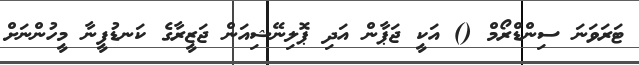
ޓަރަވަނަ ސިންޑްރޯމް () އަކީ ޖަޕާން އަދި ޕޮލިނޭޝިއަން ޖަޒީރާގެ ކަނޑުފީނާ މީހުންނަށް